Vaccination in Bombay 1889-1901 - 1889-1901
Year: 1889
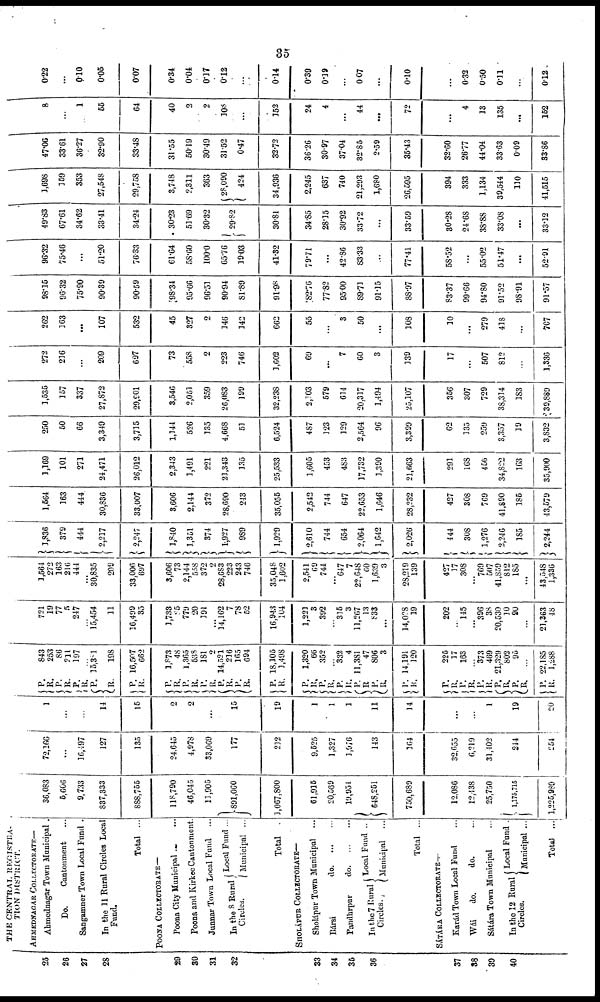
35
25
26
27
28
29
30
31
32
33
34
36
36
37
38
39
40
THE CENTRAL REGISTRA¬
TION DISTRICT.
AHMEDNAGAR COLLECTORATE—
Ahmednagar Town Municipal .
Do.
Cantonment ...
Sangamner Town Local Fund .
In the 11 Rural Circles Local
Fund.
Total ...
POONA COLLECTORATE —
Poona City Municipal ... ...
Poona and Kirkee Cantonment.
Junnar Town Local Fund
...
In the 8 Rural
Circles.
Local Fund ...
Municipal ...
Total ...
SHOLÁPUR COLLECTORATE—
Sholápur Town Municipal ...
Bársi
do. ... ...
Pandhrpur
do. ... ...
In the 7 Rural
Circles.
Local Fund ...
Municipal ...
Total ...
SÁTÁRA COLLECTORATE—
Karád Town Local Fund ...
Wái
do.
do. ...
Sátára Town Municipal ...
In the 12 Rural
Circles.
Local Fund .
Municipal ...
Total ...
36,083
6,606
9,733
837,333
888,755
118,790
46,045
11,905
891,060
1,067,800
61,915
20,569
19,954
648,251
750,689
12,086
12,438
25,750
1,175,715
1,225,989
72,166
...
16,497
127
135
24,645
4,978
33,069
177
212
9,525
1,327
1,976
143
164
32,655
6,219
31,402
244
254
1
...
...
14
15
2
2
...
15
19
1
1
1
11
14
...
...
1
19
20
P.
R.
P.
R.
P.
R.
P.
R.
P.
R.
843
253
86
211
197
...
15,381
198
16,507
662
P.
R.
P.
R.
P.
R.
P.
R.
P.
R.
P.
R.
1,873
48
1,365
538
181
2
14,521
216
165
694
18,105
1,498
P.
R.
P.
R.
P.
R.
P.
R.
P.
R.
P.
R.
1,320
66
352
...
332
4
11,381
47
806
3
14,191
120
P.
R. P.
R.
P.
R. P.
R.
P.
R.
P.
R.
225
17
163
...
373
469
21,329
802
95
...
22,185
1,288
721
19
77
5
247
...
15,454
11
16,499
35
1,733
25
779
20
191
...
14,162
7
78
52
16,943
104
1,221
3
392
...
315
3
11,267
13
833
...
14,028
19
202
...
145
...
396
38
20,530
10
90
...
21,363
48
1,564
272
163
216
444
...
30,835
209
33,006
697
3,606
73
2,144
558
372
2
28,683
223
243
746
35,048
1,602
2,541
69
744
...
647
7
22,648
60
1,639
3
28,219
139
427
17
308
...
769
507
41,859
812
185
...
43,548
1,336
1,836
379
444
2,217
2,247
1,840
1,351
374
1,927
989
1,929
2,610
744
654
2,064
1,642
2,026
444
308
1,276
2,246
185
2,244
1,564
163
444
30,836
33,007
3,606
2,144
372
28,690
243
35,055
2,542
744
647
22,653
1,646
28,232
427
308
769
41,890
185
43,579
1,169
101
271
24,471
26,012
2,343
1,491
221
21,343
135
25,533
1,605
453
483
17,732
1,390
21,663
291
168
456
34,822
163
35,900
250
50
66
3,349
3,715
1,144
526
135
4,66S
51
6,524
487
123
129
2,564
96
3,399
62
135
259
3,357
19
3,832
1,535
157
337
27,872
29,901
3,546
2,051
359
26,083
199
32,238
2,103
579
614
20,317
1,494
25,107
356
307
729
38,314
183
39,889
272
216
...
209
697
73
558
2
223
746
1,602
69
...
7
60
3
139
17
...
507
812
...
1,336
262
163
...
107
532
45
327
2
146
142
662
55
...
3
50
...
108
10
...
279
418
...
707
98.15
96.32
75.90
90.39
90.59
98.34
95.66
96.51
90.94
81.89
91.98
82.76
77.82
95.00
89.71
91.15
88.97
83.37
99.66
94.80
91.52
98.91
91.57
96.32
75.46
...
51.20
76.33
61.64
58.60
100.0
65.76
19.03
41.32
79.71
...
42.86
83.33
...
77.41
58.52
...
55.02
51.47
...
52.91
49.83
67.61
34.62
33.41
34.24
30.23
51.69
30.32
29.82
30.81
34.85
28.15
30.92
33.72
...
33.59
30.28
24.68
38.88
33.08
...
33.12
1,698
159
353
27,548
29,758
3,748
2,311
363
28,090
424
34,936
2,245
637
740
21,293
1,680
26,595
394
333
1,134
39,544
110
41,515
47.06
33.61
36.27
32.90
33.48
31.55
50.19
30.49
31.52
0.47
32.72
36.26
30.97
37.04
32.85
2.59
35.43
32.60
26.77
44.04
33.63
0.09
33.86
8
...
1
55
64
40
2
2
108
...
152
24
4
...
44
...
72
...
4
13
135
...
152
0.22
...
0.10
0.05
0.07
0.34
0.04
0.17
0.12
...
0.14
0.39
0.19
...
0.07
...
0.10
...
0.32
0.50
0.11
...
0.12